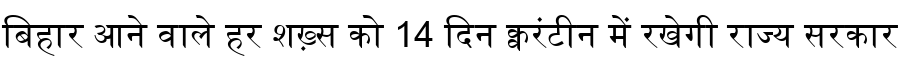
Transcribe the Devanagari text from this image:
बिहार आने वाले हर शख़्स को 14 दिन क्वरंटीन में रखेगी राज्य सरकार